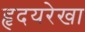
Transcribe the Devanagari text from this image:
हृदयरेखा